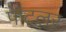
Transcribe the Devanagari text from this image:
फेटलर